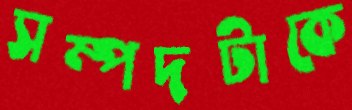
সম্পদটাকে